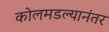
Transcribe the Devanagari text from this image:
कोलमडल्यानंतर